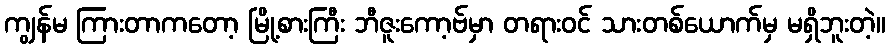
ကျွန်မ ကြားတာကတော့ မြို့စားကြီး ဘီဇူးကော့ဗ်မှာ တရားဝင် သားတစ်ယောက်မှ မရှိဘူးတဲ့။